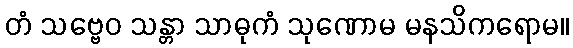
တံ သဗ္ဗေဝ သန္တာ သာဓုကံ သုဏောမ မနသိကရောမ။